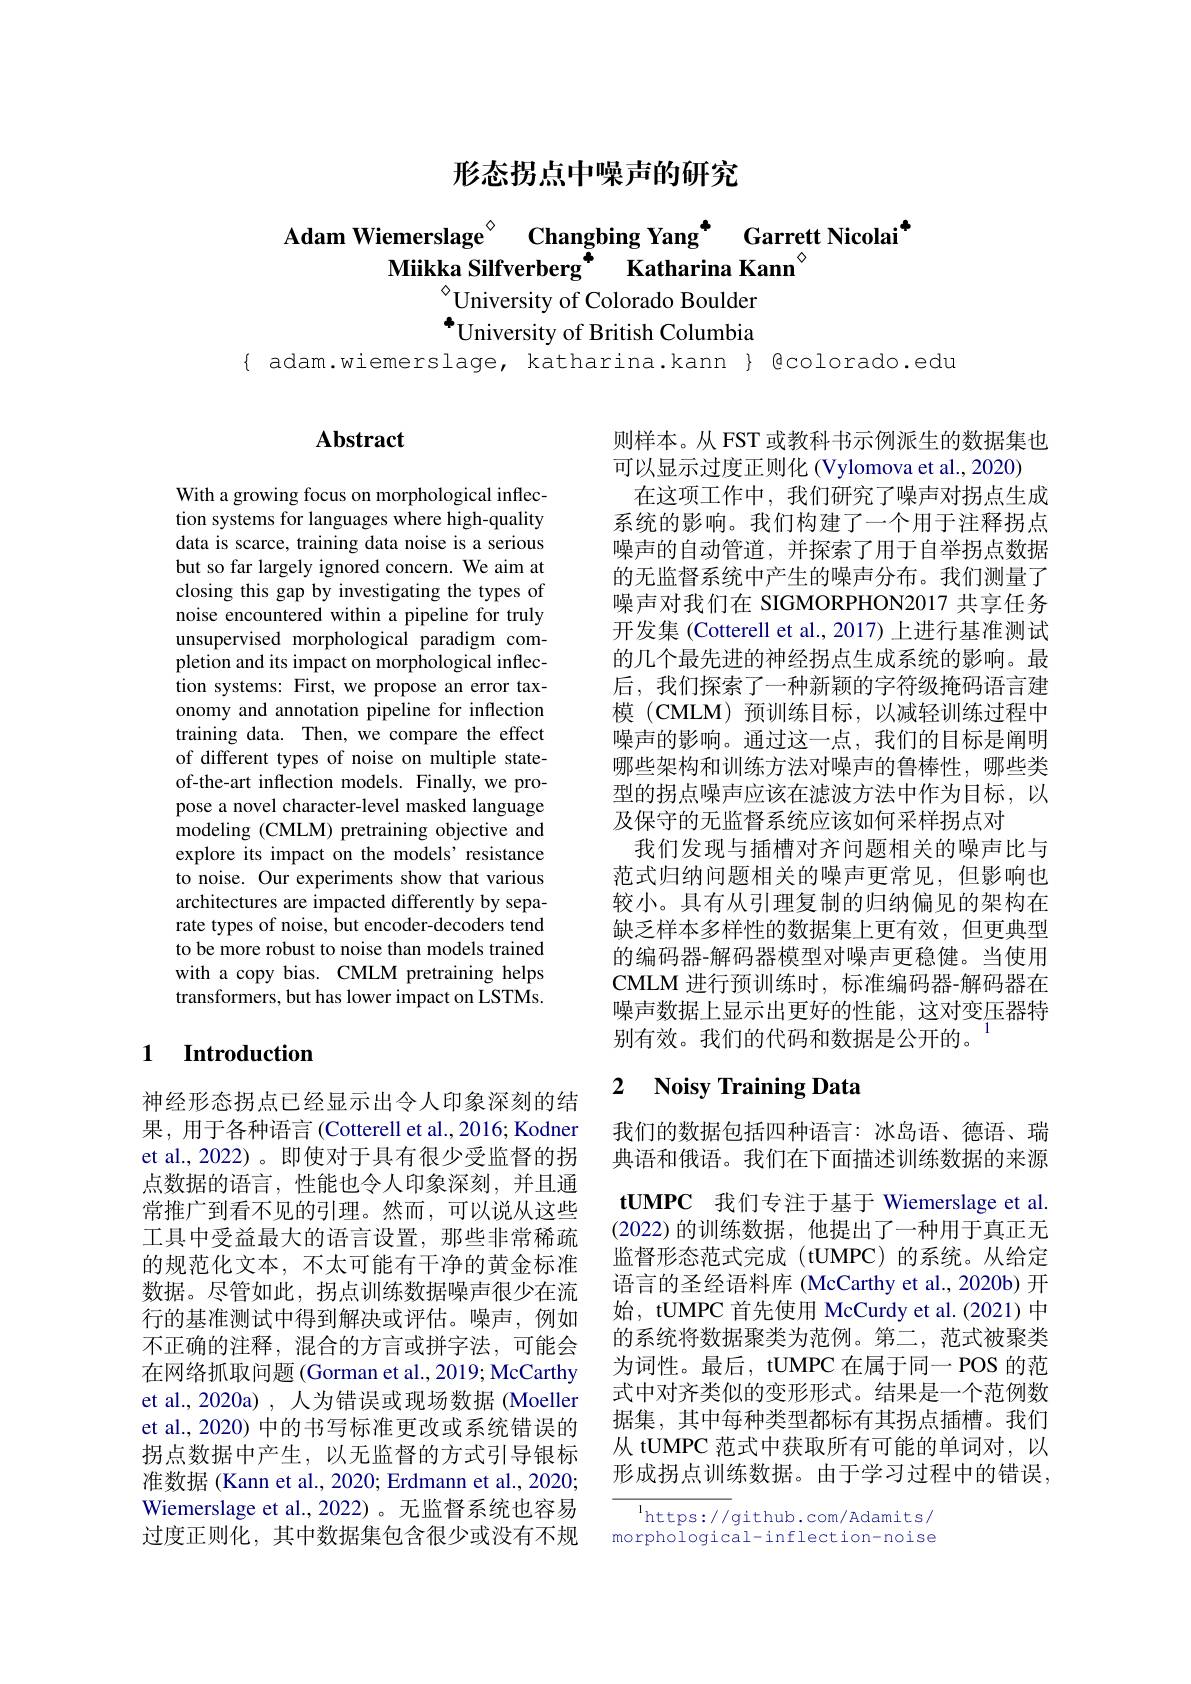
形态拐点中噪声的研究

Adam Wiemerslage$^{\circ}$ Changbing Yang$^{\bullet}$ Garrett Nicolai$^{4}$
Miikka Silfverberg Katharina Kann
$^{\diamond}$University of Colorado Boulder $^{*}$University of British Columbia

$\{ adam.wiemerslage, katharina.kann $ Qcolorado.edu$

# Abstract

则样本。从 FST 或教科书示例派生的数据集也
可以显示过度正则化(Vylomova et al., 2020)
在这项工作中，我们研究了噪声对拐点生成系统的影响。我们构建了一个用于注释拐点噪声的自动管道，并探索了用于自举拐点数据的无监督系统中产生的噪声分布。我们测量了噪声对我们在 SIGMORPHON2017 共享任务开发集 (Cotterell et al., 2017) 上进行基准测试的几个最先进的神经拐点生成系统的影响。最后，我们探索了一种新颖的字符级掩码语言建模 (CMLM)预训练目标，以减轻训练过程中噪声的影响。通过这一点，我们的目标是阐明哪些架构和训练方法对噪声的鲁棒性，哪些类型的拐点噪声应该在滤波方法中作为目标，以及保守的无监督系统应该如何采样拐点对
我们发现与插槽对齐问题相关的噪声比与范式归纳问题相关的噪声更常见，但影响也较小。具有从引理复制的归纳偏见的架构在缺乏样本多样性的数据集上更有效，但更典型的编码器-解码器模型对噪声更稳健。当使用CMLM 进行预训练时，标准编码器-解码器在噪声数据上显示出更好的性能，这对变压器特别有效。我们的代码和数据是公开的。

With a growing focus on morphological inflection systems for languages where high-quality data is scarce, training data noise is a serious but so far largely ignored concern. We aim at closing this gap by investigating the types of noise encountered within a pipeline for truly unsupervised morphological paradigm completion and its impact on morphological inflection systems: First, we propose an error taxonomy and annotation pipeline for inflection training data. Then, we compare the effect of different types of noise on multiple stateof-the-art inflection models. Finally, we propose a novel character-level masked language modeling (CMLM) pretraining objective and explore its impact on the models' resistance to noise. Our experiments show that various architectures are impacted differently by separate types of noise, but encoder-decoders tend to be more robust to noise than models trained with a copy bias. CMLM pretraining helps transformers, but has lower impact on LSTMs.

### 1 $\textbf{Introduction}$

## 2 $\textbf{Noisy Training Data}$

我们的数据包括四种语言：冰岛语、德语、瑞典语和俄语。我们在下面描述训练数据的来源$\mathbf{tUMPC}$ 我们专注于基于 Wiemerslage et al. (2022)的训练数据，他提出了一种用于真正无监督形态范式完成 (tUMPC)的系统。从给定语言的圣经语料库 (McCarthy et al., 2020b) 开始，tUMPC 首先使用 McCurdy et al.(2021) 中的系统将数据聚类为范例。第二，范式被聚类为词性。最后，tUMPC 在属于同一 POS 的范式中对齐类似的变形形式。结果是一个范例数据集，其中每种类型都标有其拐点插槽。我们从 tUMPC 范式中获取所有可能的单词对，以形成拐点训练数据。由于学习过程中的错误，

神经形态拐点已经显示出令人印象深刻的结果，用于各种语言 (Cotterell et al., 2016; Kodner et al., 2022)。即使对于具有很少受监督的拐点数据的语言，性能也令人印象深刻，并且通常推广到看不见的引理。然而，可以说从这些工具中受益最大的语言设置，那些非常稀疏的规范化文本，不太可能有干净的黄金标准数据。尽管如此，拐点训练数据噪声很少在流行的基准测试中得到解决或评估。噪声，例如不正确的注释，混合的方言或拼字法，可能会在网络抓取问题 (Gorman et al., 2019; McCarthy et al., 2020a) , 人为错误或现场数据 (Moeller et al., 2020) 中的书写标准更改或系统错误的拐点数据中产生，以无监督的方式引导银标准数据 (Kann et al., 2020; Erdmann et al., 2020; Wiemerslage et al.,2022)。无监督系统也容易过度正则化，其中数据集包含很少或没有不规

$^{\mathrm{l}}$https://github.com/Adamits/ morphological-inflection-noise